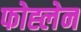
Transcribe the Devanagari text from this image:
फोह्लेन